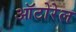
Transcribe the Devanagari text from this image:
ऑटोरेल